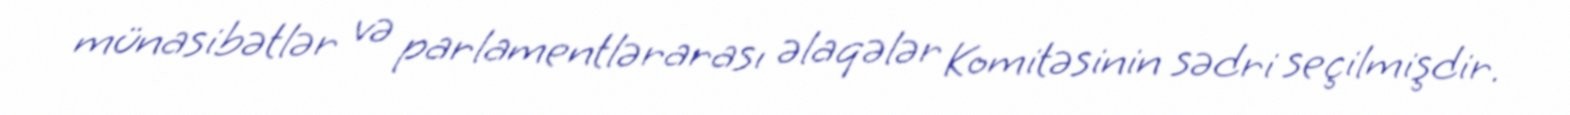
münasibətlər və parlamentlərarası əlaqələr Komitəsinin sədri seçilmişdir.